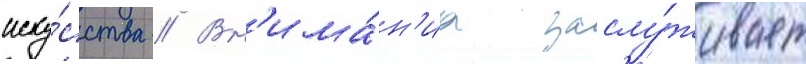
иску́сства // Вн'има́н'иа заслу́живает